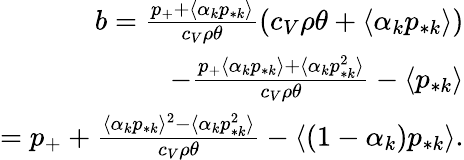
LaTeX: \begin{array}{r}{b=\frac{p_{+}+\langle\alpha_{k}p_{*k}\rangle}{c_{V}\rho\theta}(c_{V}\rho\theta+\langle\alpha_{k}p_{*k}\rangle)}\\ {-\frac{p_{+}\langle\alpha_{k}p_{*k}\rangle+\langle\alpha_{k}p_{*k}^{2}\rangle}{c_{V}\rho\theta}-\langle p_{*k}\rangle}\\ {=p_{+}+\frac{\langle\alpha_{k}p_{*k}\rangle^{2}-\langle\alpha_{k}p_{*k}^{2}\rangle}{c_{V}\rho\theta}-\langle(1-\alpha_{k})p_{*k}\rangle.}\end{array}